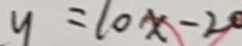
y = 1 0 x - 2 0